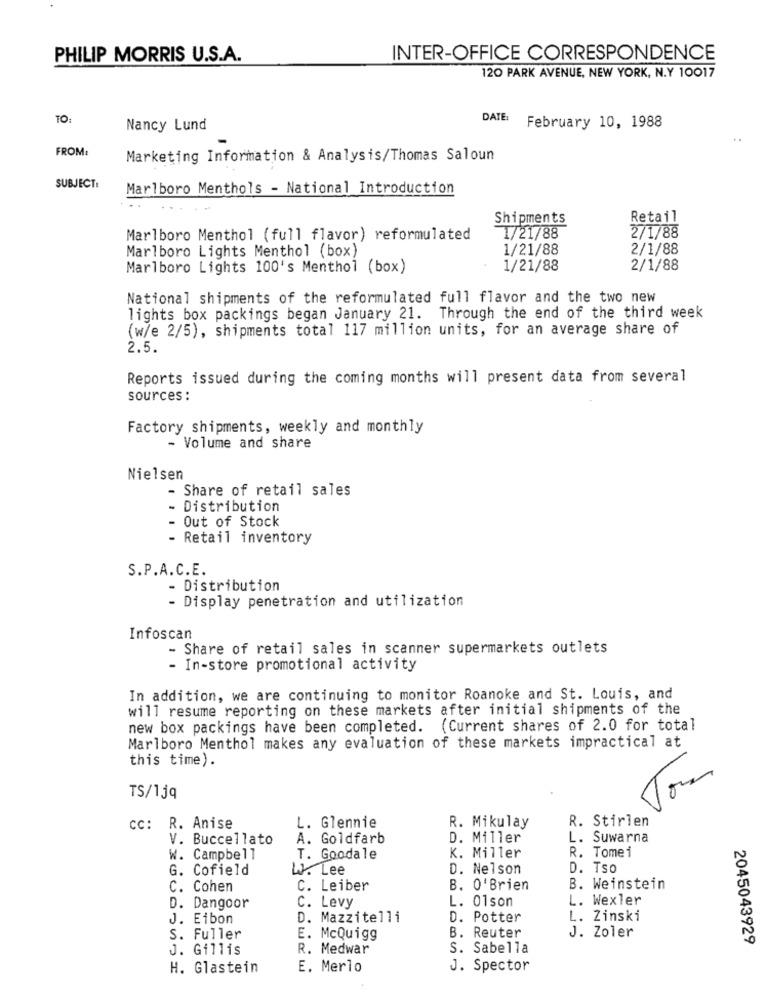
PHILIP MORRIS U.S.A.
INTER-OFFICE CORRESPONDENCE
120 PARK AVENUE, NEW YORK, N.Y 10017
TO:
DATE:
Nancy Lund
February 10, 1988
FROM
Marketing Information & Analysis/Thomas Saloun
SUBJECT:
Marlboro Menthols - National Introduction
Shipments
Retail
Marlboro Menthol (full flavor) reformulated
1/21/88
2/1/88
Marlboro Lights Menthol (box)
1/21/88
2/1/88
Marlboro Lights 100's Menthol (box)
1/21/88
2/1/88
National shipments of the reformulated full flavor and the two new
lights box packings began January 21. Through the end of the third week
(w/e 2/5), shipments total 117 million units, for an average share of
2.5.
Reports issued during the coming months will present data from several
sources :
Factory shipments, weekly and monthly
- Volume and share
Nielsen
- Share of retail sales
- Distribution
- Out of Stock
- Retail inventory
S.P.A.C.E.
- Distribution
- Display penetration and utilization
Infoscan
- Share of retail sales in scanner supermarkets outlets
- In-store promotional activity
In addition, we are continuing to monitor Roanoke and St. Louis, and
will resume reporting on these markets after initial shipments of the
new box packings have been completed. (Current shares of 2.0 for total
Marlboro Menthol makes any evaluation of these markets impractical at
this time).
TS/1jq
R. Stirlen
Cc: R. Anise
L. Glennie
R. Mikulay
V. Buccellato
A. Goldfarb
D. Miller
L. Suwarna
R. Tomei
W. Campbell
T. Goodale
K. Miller
G. Cofield
W. Lee
D. Nelson
D. Tso
C. Cohen
C. Leiber
B. O'Brien
B. Weinstein
L. Wexler
D. Dangoor
C. Levy
L. 01son
J. Eibon
D. Mazzitelli
D. Potter
L. Zinski
J. Zoler
S. Fuller
E. McQuigg
B. Reuter
2045043929
J. Gillis
R. Medwar
S. Sabella
H. Glastein
E. Merlo
J. Spector